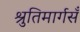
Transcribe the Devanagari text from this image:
श्रुतिमार्गसँ